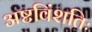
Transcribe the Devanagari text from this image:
अष्टविंशतिः